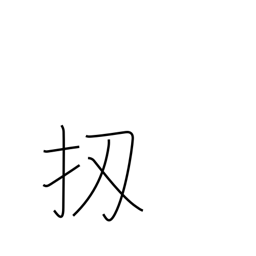
Meaning: well